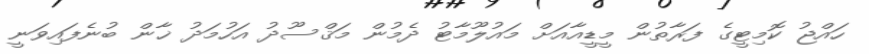
ހައްޖު ކޮމިޓީގެ ފަރާތުން މީޑީއާއަށް މައުލޫމާޓު ދެމުން މަޤްސޫދު އަހުމަދު ޚާން ބުނެފައިވަނީ